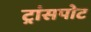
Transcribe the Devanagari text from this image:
ट्रांसपोट